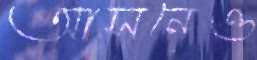
আসনেও